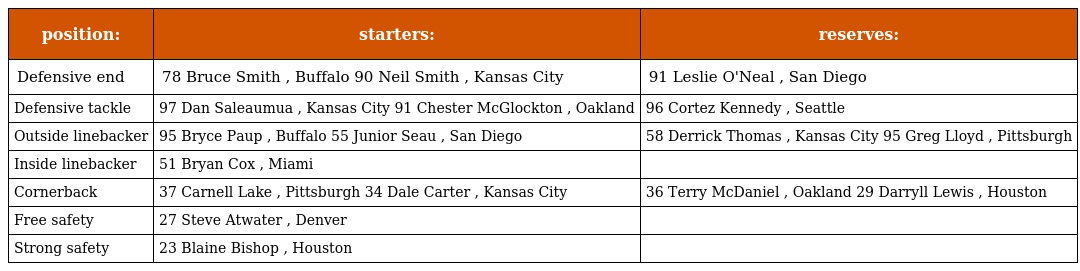
| position: | starters: | reserves: |
 | --- | --- | --- |
 | Defensive end | 78 Bruce Smith , Buffalo 90 Neil Smith , Kansas City | 91 Leslie O'Neal , San Diego |
 | Defensive tackle | 97 Dan Saleaumua , Kansas City 91 Chester McGlockton , Oakland | 96 Cortez Kennedy , Seattle |
 | Outside linebacker | 95 Bryce Paup , Buffalo 55 Junior Seau , San Diego | 58 Derrick Thomas , Kansas City 95 Greg Lloyd , Pittsburgh |
 | Inside linebacker | 51 Bryan Cox , Miami |  |
 | Cornerback | 37 Carnell Lake , Pittsburgh 34 Dale Carter , Kansas City | 36 Terry McDaniel , Oakland 29 Darryll Lewis , Houston |
 | Free safety | 27 Steve Atwater , Denver |  |
 | Strong safety | 23 Blaine Bishop , Houston |  |